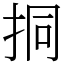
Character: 挏